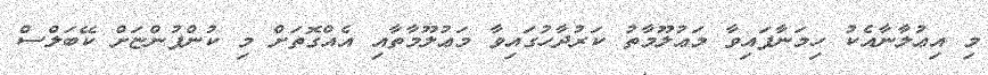
މި އިޢުލާނާއެކު ހިމަނާފައިވާ މަޢުލޫމާތު ކަރުދާހުގައިވާ މަޢުލޫމާތާއި އެއްގޮތަށް މި ކުންފުންޏަށް ކޭބަލްސް